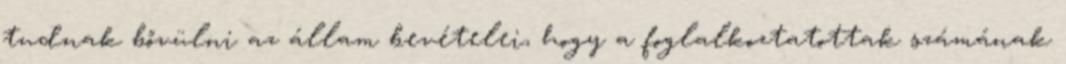
tudnak bővülni az állam bevételei, hogy a foglalkoztatottak számának